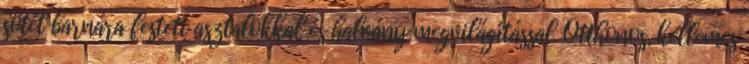
sötét barnára festett asztalokkal és halvány megvilágítással. Otthonos, kellemes